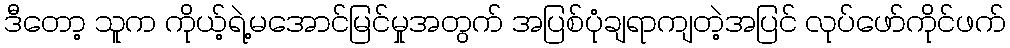
ဒီတော့ သူက ကိုယ့်ရဲ့မအောင်မြင်မှုအတွက် အပြစ်ပုံချရာကျတဲ့အပြင် လုပ်ဖော်ကိုင်ဖက်